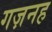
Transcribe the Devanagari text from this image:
गज़नह